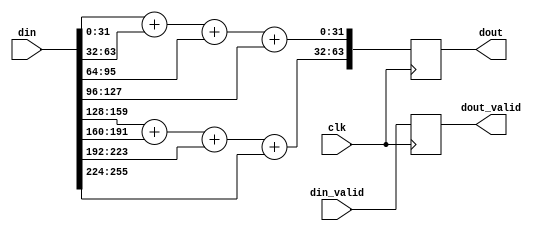
`timescale 1ns / 1ps
`default_nettype none
/***********************************************************************************************************************
*                                                                                                                      *
* ANTIKERNEL v0.1                                                                                                      *
*                                                                                                                      *
* Copyright (c) 2012-2016 Andrew D. Zonenberg                                                                          *
* All rights reserved.                                                                                                 *
*                                                                                                                      *
* Redistribution and use in source and binary forms, with or without modification, are permitted provided that the     *
* following conditions are met:                                                                                        *
*                                                                                                                      *
*    * Redistributions of source code must retain the above copyright notice, this list of conditions, and the         *
*      following disclaimer.                                                                                           *
*                                                                                                                      *
*    * Redistributions in binary form must reproduce the above copyright notice, this list of conditions and the       *
*      following disclaimer in the documentation and/or other materials provided with the distribution.                *
*                                                                                                                      *
*    * Neither the name of the author nor the names of any contributors may be used to endorse or promote products     *
*      derived from this software without specific prior written permission.                                           *
*                                                                                                                      *
* THIS SOFTWARE IS PROVIDED BY THE AUTHORS "AS IS" AND ANY EXPRESS OR IMPLIED WARRANTIES, INCLUDING, BUT NOT LIMITED   *
* TO, THE IMPLIED WARRANTIES OF MERCHANTABILITY AND FITNESS FOR A PARTICULAR PURPOSE ARE DISCLAIMED. IN NO EVENT SHALL *
* THE AUTHORS BE HELD LIABLE FOR ANY DIRECT, INDIRECT, INCIDENTAL, SPECIAL, EXEMPLARY, OR CONSEQUENTIAL DAMAGES        *
* (INCLUDING, BUT NOT LIMITED TO, PROCUREMENT OF SUBSTITUTE GOODS OR SERVICES; LOSS OF USE, DATA, OR PROFITS; OR       *
* BUSINESS INTERRUPTION) HOWEVER CAUSED AND ON ANY THEORY OF LIABILITY, WHETHER IN CONTRACT, STRICT LIABILITY, OR TORT *
* (INCLUDING NEGLIGENCE OR OTHERWISE) ARISING IN ANY WAY OUT OF THE USE OF THIS SOFTWARE, EVEN IF ADVISED OF THE       *
* POSSIBILITY OF SUCH DAMAGE.                                                                                          *
*                                                                                                                      *
***********************************************************************************************************************/

/**
	@file
	@author Andrew D. Zonenberg
	@brief A single level of an adder tree
 */
module AdderTreeLevel(
	clk,
	din, din_valid,
	dout, dout_valid
	);
	
	////////////////////////////////////////////////////////////////////////////////////////////////////////////////////
	// Parameter declarations
	
	parameter	DATA_WIDTH			= 32;		//Width of one integer being summed
	parameter	SUM_WIDTH			= 8;		//Number of integers to sum per clock
	parameter	TREE_FANIN			= 4;		//Maximum number of inputs to add in a single clock cycle.
												//Must evenly divide SUM_WIDTH
												//Must be a power of two
												
	parameter	PAD_WIDTH			= 0;		//If set nonzero, pads ports to this width
												//(avoids warnings in some cascade structures)

	////////////////////////////////////////////////////////////////////////////////////////////////////////////////////
	// I/O declarations
	
	//Number of sums being evaluated per clock
	//Need to cap at 1 to avoid problems with the last tree level
	localparam PARALLEL_SUMS	= (SUM_WIDTH < TREE_FANIN) ? 1 : SUM_WIDTH / TREE_FANIN;
	
	localparam IN_WIDTH_REAL 	= DATA_WIDTH * SUM_WIDTH;
	localparam IN_WIDTH			= PAD_WIDTH ? PAD_WIDTH : IN_WIDTH_REAL;
	localparam OUT_WIDTH_REAL	= DATA_WIDTH * PARALLEL_SUMS;
	localparam OUT_WIDTH		= PAD_WIDTH ? PAD_WIDTH : OUT_WIDTH_REAL;
	
	input wire						clk;
	
	input wire[IN_WIDTH-1 : 0]		din;
	input wire						din_valid;
	
	output reg[OUT_WIDTH-1 : 0]		dout		= 0;
	output reg						dout_valid	= 0;
	
	//Actual adder fan-in.
	//Always equal to TREE_FANIN unless we're in the last stage of the tree
	//in which case we cap it at SUM_WIDTH
	localparam REAL_FANIN		= (SUM_WIDTH < TREE_FANIN) ? SUM_WIDTH : TREE_FANIN;
	
	////////////////////////////////////////////////////////////////////////////////////////////////////////////////////
	// The actual adder tree
	
	integer block;
	integer i;
	
	reg[DATA_WIDTH-1 : 0] temp;
	always @(posedge clk) begin
	
		//push status down the pipe
		dout_valid		<= din_valid;
		
		//Sum blocks in parallel
		for(block=0; block<PARALLEL_SUMS; block=block+1) begin
		
			//Do the actual addition
			for(i=0; i<REAL_FANIN; i=i+1) begin
				if(i == 0)
					temp = din[block*DATA_WIDTH*TREE_FANIN + i*DATA_WIDTH +: DATA_WIDTH];
				else
					temp = temp + din[block*DATA_WIDTH*TREE_FANIN + i*DATA_WIDTH +: DATA_WIDTH];
			end
				
			//Write to the output register
			dout[block*DATA_WIDTH +: DATA_WIDTH]	<= temp;
			
		end
		
		//Fill unused outputs with zeroes
		if(PAD_WIDTH)
			dout[OUT_WIDTH-1 : OUT_WIDTH_REAL]	<= 0;
	
	end

endmodule